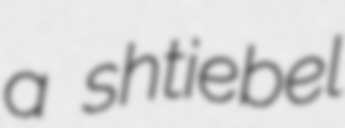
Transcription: a shtiebel